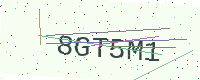
Text: 8GT5M1